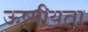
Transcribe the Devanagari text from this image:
ऊष्मीयता